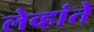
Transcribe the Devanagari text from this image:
लेव्हांते